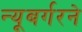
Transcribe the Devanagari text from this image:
न्यूबर्गरने